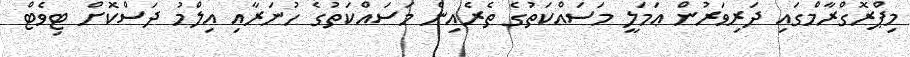
މިޕްރޮގްރާމްގައި ދަރިވަރުން ޢަމަލީ މަސައްކަތުގެ ތެރެއިން މަސައްކަތުގެ ހުނަރާއި އިލްމު ދަސްކޮށް ޓިވެޓް